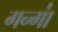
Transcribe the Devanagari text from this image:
गन्गा॑